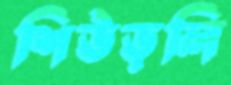
শিউড়লি